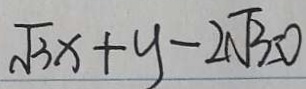
\sqrt { 3 } x + y - 2 \sqrt { 3 } = 0